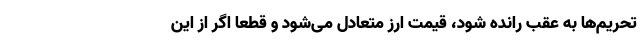
تحریم‌ها به عقب رانده شود، قیمت ارز متعادل می‌شود و قطعاً اگر از این